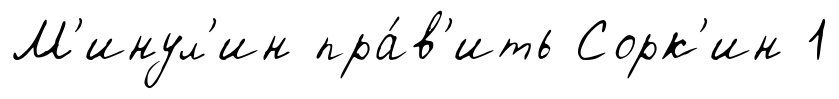
М'инул'ин пра́в'ить Сорк'ин 1